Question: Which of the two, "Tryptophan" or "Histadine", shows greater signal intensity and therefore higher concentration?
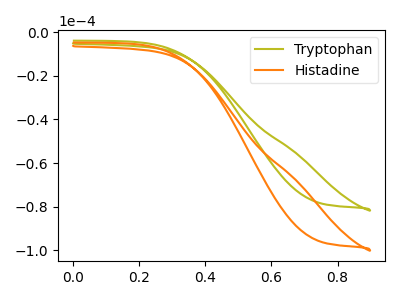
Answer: <think>The olive curve "Tryptophan" has no peaks. The orange curve "Histadine" has no peaks.
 Neither "Tryptophan" or "Histadine" have any peaks.</think>
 <answer>I cant tell if "Tryptophan" or "Histadine" has higher concentration.</answer>
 <eval>mixed_concentration</eval>